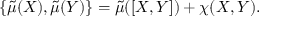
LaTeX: \{ \widetilde { \mu } ( X ) , \widetilde { \mu } ( Y ) \} = \widetilde { \mu } ( [ X , Y ] ) + \chi ( X , Y ) .